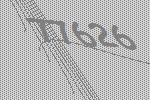
77626